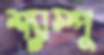
শ্যাস্পু